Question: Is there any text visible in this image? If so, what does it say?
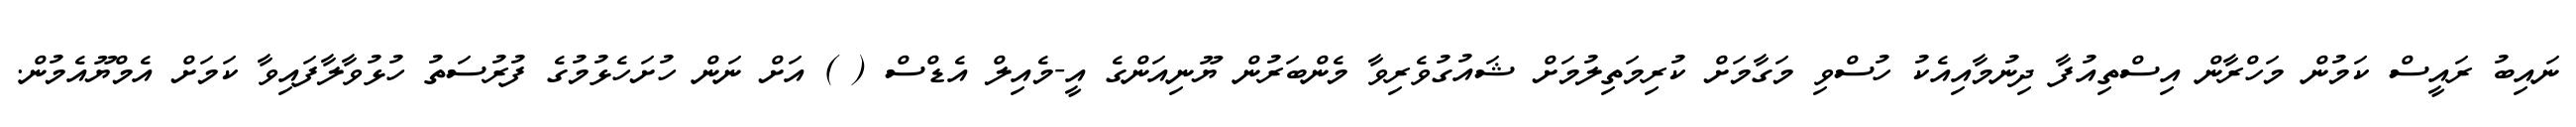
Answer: ނައިބު ރައީސް ކަމުން މަހްރާން އިސްތިއުފާ ދިނުމާއިއެކު ހުސްވި މަގާމަށް ކުރިމަތިލުމަށް ޝައުގުވެރިވާ މެންބަރުން ޔޫނިއަންގެ އީ-މެއިލް އެޑްސް ( ) އަށް ނަން ހުށަހެޅުމުގެ ފުރުސަތު ހުޅުވާލާފައިވާ ކަމަށް އެމްޔޫއެމުން.